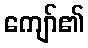
ကျော်၏